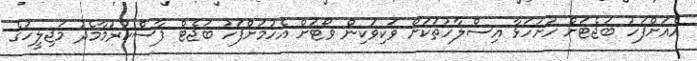
އެއަށްފަހު ބަޖެޓަށް ހުށަހަޅާ އިސްލާހުތަކަށް ވަކިވަކިން ވޯޓަށް އެހުމަށްފަހު ބަޖެޓް ފާސްކުރުމާމެދު މަޖިލީހުގެ